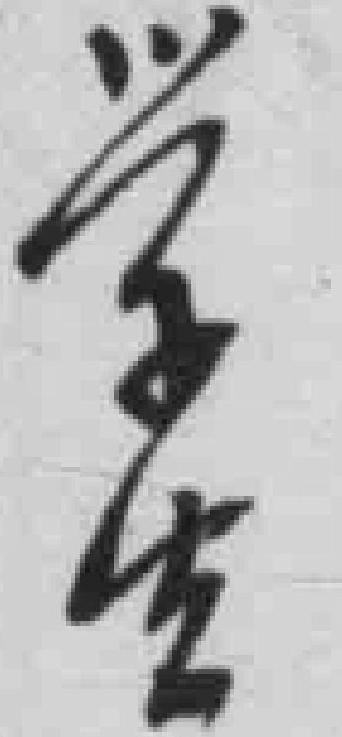
学生